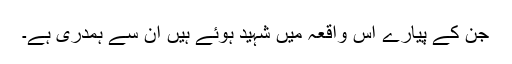
جن کے پیارے اس واقعہ میں شہید ہوئے ہیں ان سے ہمدری ہے۔